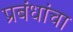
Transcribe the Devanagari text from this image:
प्रबंधांचा